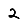
Digit: 2